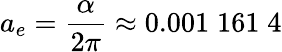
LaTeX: a_{e}={\frac{\alpha}{2\pi}}\approx 0.001\; 161\; 4